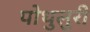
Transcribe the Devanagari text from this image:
पोथुलुरी